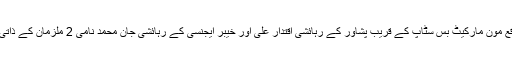
ساتویں کاروائی کے دوران اے این ایف لاہور نے علامہ اقبال ٹائون، لاہور میں واقع مون مارکیٹ بس سٹاپ کے قریب پشاور کے رہائشی اقتدار علی اور خیبر ایجنسی کے رہائشی جان محمد نامی 2 ملزمان کے ذاتی قبضے سے 13.2 کلو گرام چرس برآمد کر کے دونوں ملزمان کو گرفتار کر لیا۔